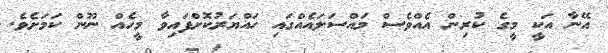
އޭނާ އަކީ މީގެ ކުރިން އެއްވެސް މައްސަލައެއްގައި ހައްޔަރުކޮށްފައިވާ މީހެއް ނޫން ކަމަށެވެ.